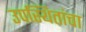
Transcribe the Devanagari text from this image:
उपस्थितांचा